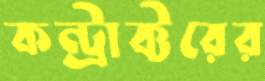
কন্ট্রাক্টরের